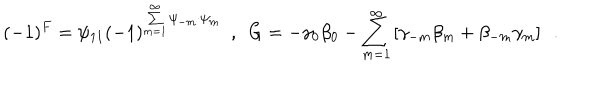
LaTeX: ( - 1 ) ^ { F } = \psi _ { 1 1 } ( - 1 ) ^ { \sum _ { m = 1 } ^ { \infty } \psi _ { - m } \cdot \psi _ { m } } ~ ~ , ~ ~ { G } = - \gamma _ { 0 } \beta _ { 0 } - \sum _ { m = 1 } ^ { \infty } \left[ \gamma _ { - m } \beta _ { m } + \beta _ { - m } \gamma _ { m } \right] ~ ~ .